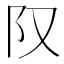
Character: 𨸕